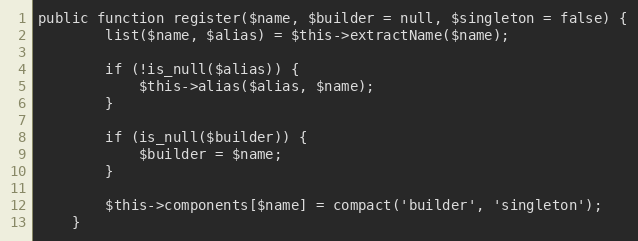
Language: PHP
public function register($name, $builder = null, $singleton = false) {
		list($name, $alias) = $this->extractName($name);

		if (!is_null($alias)) {
			$this->alias($alias, $name);
		}

		if (is_null($builder)) {
			$builder = $name;
		}

		$this->components[$name] = compact('builder', 'singleton');
	}